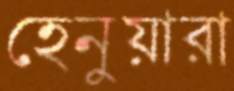
হেনুয়ারা